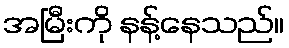
အမြီးကို နန့်နေသည်။